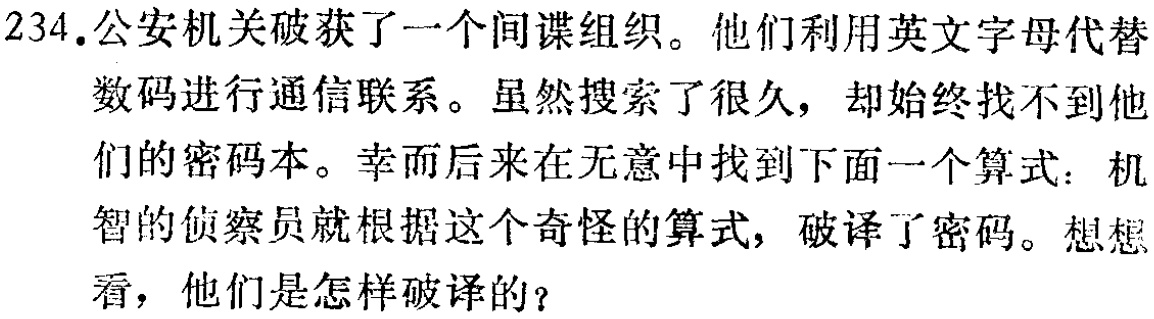
234.公安机关破获了一个间谍组织。他们利用英文字母代替

数码进行通信联系。虽然搜索了很久，却始终找不到他

们的密码本。幸而后来在无意中找到下面一个算式：机

智的侦察员就根据这个奇怪的算式，破译了密码。想想

看，他们是怎样破译的？